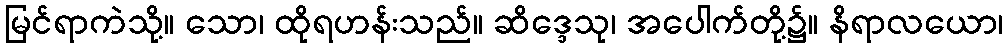
မြင်ရာကဲသို့။ သော၊ ထိုရဟန်းသည်။ ဆိဒ္ဒေသု၊ အပေါက်တို့၌။ နိရာလယော၊